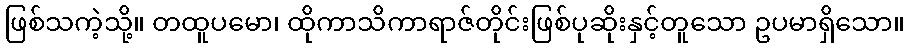
ဖြစ်သကဲ့သို့။ တထူပမော၊ ထိုကာသိကာရာဇ်တိုင်းဖြစ်ပုဆိုးနှင့်တူသော ဥပမာရှိသော။